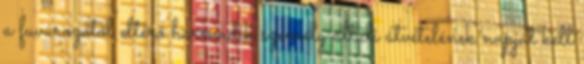
a fuvarozótól eltérő harmadik személy általi átvételének napját kell